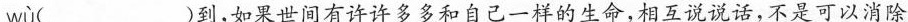
wù ( )到，如果世间有许许多多和自己一样的生命，相互说说话，不是可以消除